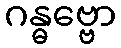
ဂန္ဓဗ္ဗော